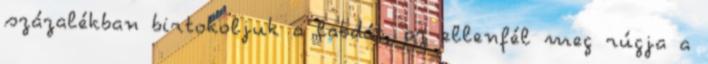
százalékban birtokoljuk a labdát, az ellenfél meg rúgja a